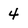
Character: 4